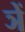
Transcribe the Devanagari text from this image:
ञें